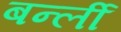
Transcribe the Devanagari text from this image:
बर्न्ली